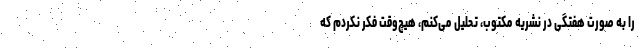
را به صورت هفتگی در نشریه مکتوب، تحلیل می‌کنم، هیچ‌وقت فکر نکردم که